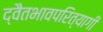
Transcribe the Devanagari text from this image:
द्वैतभावपरित्यागी